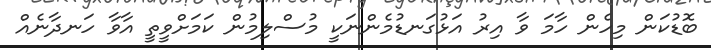
ބޮޑުކަން މިހެން ހާމަ ވާ އިރު އަޅުގަނޑުމެންނަކީ މުސްލިމުން ކަމަށްވީތީ އާވާ ހަނދާނެއް